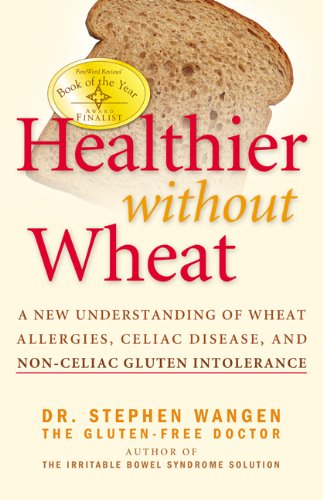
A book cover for Healthier Without Wheat: A New Understanding of Wheat Allergies, Celiac Disease, and Non-Celiac Gluten Intolerance.; Stephen Wangen; Health, Fitness & Dieting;